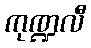
ကုဏ္ဍလီ